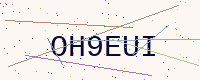
Text: OH9EUI